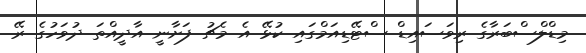
މިޑްލްސްބަރާގެ ރިވަސައިޑް ސްޓޭޑިއަމްގައި ކުޅޭ އެ މެޗު ފަށާނީ އާދީއްތަ ދުވަހުގެ ރޭ